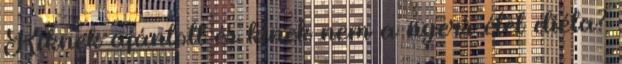
Kiknek ajánlott és kinek nem a nyers étel diéta?